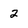
Character: 2